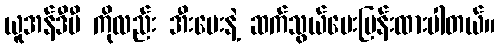
ယူအန်ဒီပီ ကိုလည်း အီးမေးနဲ့ ဆက်သွယ်မေးမြန်းထားပါတယ်။